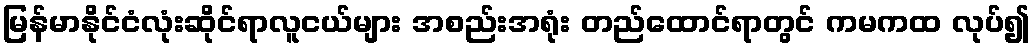
မြန်မာနိုင်ငံလုံးဆိုင်ရာလူငယ်များ အစည်းအရုံး တည်ထောင်ရာတွင် ကမကထ လုပ်၍